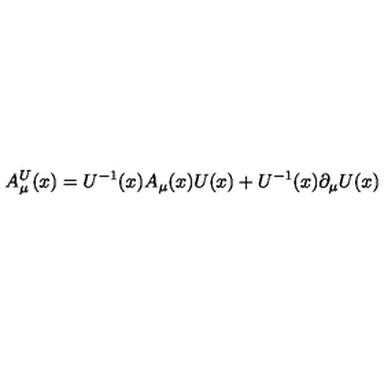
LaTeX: A _ { \mu } ^ { U } ( x ) = U ^ { - 1 } ( x ) A _ { \mu } ( x ) U ( x ) + U ^ { - 1 } ( x ) \partial _ { \mu } U ( x )